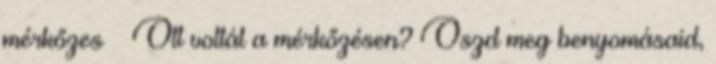
mérkőzes » Ott voltál a mérkőzésen? Oszd meg benyomásaid,